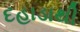
દહાડાથી